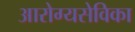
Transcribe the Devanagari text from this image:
आरोग्यसेविका